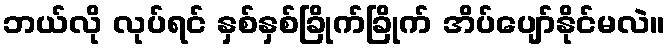
ဘယ်လို လုပ်ရင် နှစ်နှစ်ခြိုက်ခြိုက် အိပ်ပျော်နိုင်မလဲ။